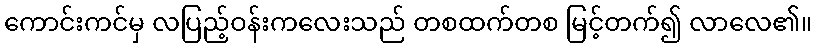
ကောင်းကင်မှ လပြည့်ဝန်းကလေးသည် တစထက်တစ မြင့်တက်၍ လာလေ၏။